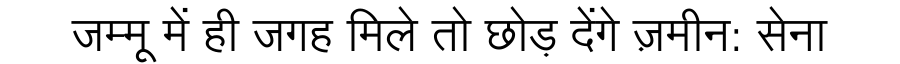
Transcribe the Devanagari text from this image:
जम्मू में ही जगह मिले तो छोड़ देंगे ज़मीन: सेना